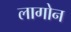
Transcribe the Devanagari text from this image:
लागोन